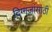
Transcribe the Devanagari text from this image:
दिग्गजांसाठी